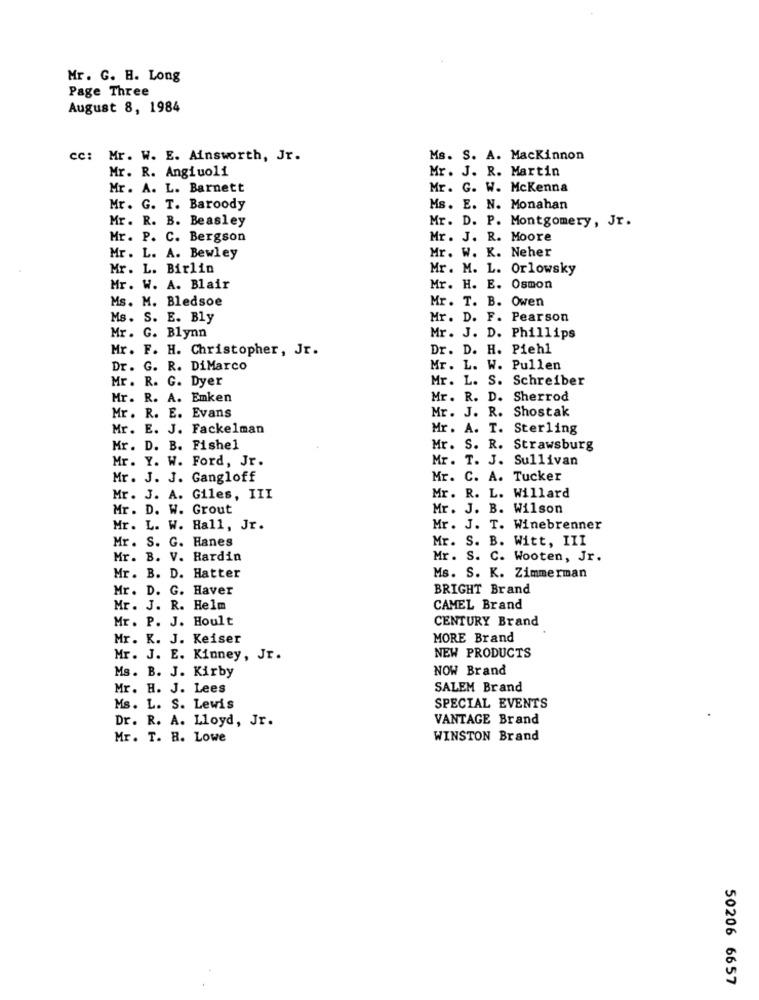
Mr. G. H. Long
Page Three
August 8, 1984
cc: Mr. W. E. Ainsworth, Jr.
Ms. S. A. Mackinnon
Mr. R. Angiuoli
Mr. J. R. Martin
Mr. A. L. Barnett
Mr. G. W. Mckenna
Mr. G. T. Baroody
Ms. E. N. Monahan
Mr. R. B. Beasley
Mr. D. P. Montgomery, Jr.
Mr. P. C. Bergson
Mr. J. R. Moore
Mr. W. K. Neher
Mr. L. A. Bewley
Mr. L. Birlin
Mr. M. L. Orlowsky
Mr. W. A. Blair
Mr. H. E. Osmon
Ms. M. Bledsoe
Mr. T. B. Owen
Ms. S. E. Bly
Mr. D. F. Pearson
Mr. G. Blynn
Mr. J. D. Phillips
Mr. F. H. Christopher, Jr.
Dr. D. H. Piehl
Dr. G. R. DiMarco
Mr. L. W. Pullen
Mr. R. G. Dyer
Mr. L. S. Schreiber
Mr. R. A. Emken
Mr. R. D.
Sherrod
Mr. J. R. Shostak
Mr. R. E. Evans
Mr. E. J. Fackelman
Mr. A. T.
Sterling
Mr. D. B. Fishel
Mr. S. R. Strawsburg
Mr. Y. W. Ford, Jr.
Mr. T. J. Sullivan
Mr. J. J. Gangloff
Mr. C. A. Tucker
Mr. J. A. Giles, III
Mr. R. L. Willard
Mr. D. W. Grout
Mr. J. B. Wilson
Mr. L. W. Hall, Jr.
Mr. J. T. Winebrenner
Mr. S. B. Witt, III
Mr . S. G. Hanes
Mr. B. V. Hardin
Mr. S. C. Wooten, Jr.
Mr. B. D. Hatter
Ms. S. K. Zimmerman
Mr. D. G. Haver
BRIGHT Brand
Mr. J. R. Helm
CAMEL Brand
Mr. P. J. Hoult
CENTURY Brand
Mr. K. J. Keiser
MORE Brand
Mr. J. E. Kinney, Jr.
NEW PRODUCTS
NOW Brand
Ms. B. J. Kirby
Mr. H. J. Lees
SALEM Brand
Ms. L. S. Lewis
SPECIAL EVENTS
Dr. R. A. Lloyd, Jr.
VANTAGE Brand
Mr. T. B. Lowe
WINSTON Brand
50206 6657